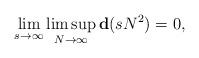
LaTeX: \begin{align*}\lim_{s\to \infty} \limsup_{N\to \infty} {\bf d}(sN^2)=0,\end{align*}